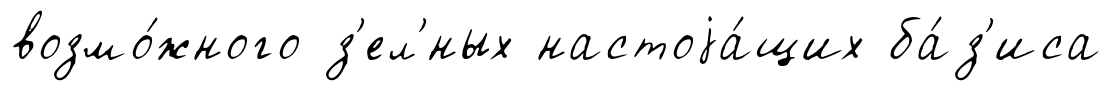
возмо́жного з'ел'́ных настоjа́щих ба́з'иса